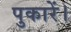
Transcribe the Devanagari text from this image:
पुकारें।